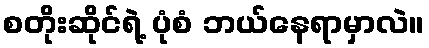
စတိုးဆိုင်ရဲ့ ပုံစံ ဘယ်နေရာမှာလဲ။